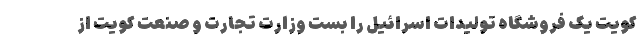
کویت یک فروشگاه تولیدات اسرائیل را بست وزارت تجارت و صنعت کویت از